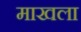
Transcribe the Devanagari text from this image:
माखला